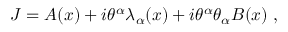
J = A ( x ) + i \theta ^ { \alpha } \lambda _ { \alpha } ( x ) + i \theta ^ { \alpha } \theta _ { \alpha } B ( x ) \; ,